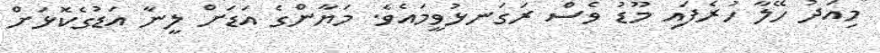
މިއަދު ހޭލާ ހުރެފައި މޫޑު ވެސް ރަގަނޅުވީމައެވެ. މަޔާންގެ އަޑަށް ލީނާ އަޑުގެކޮޅަށް